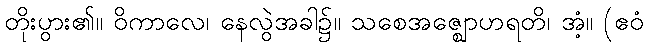
တိုးပွား၏။ ဝိကာလေ၊ နေလွဲအခါ၌။ သစေအဇ္ဈောဟရတိ၊ အံ့။ (ဧဝံ